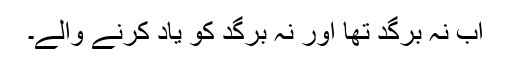
اب نہ برگد تھا اور نہ برگد کو یاد کرنے والے۔